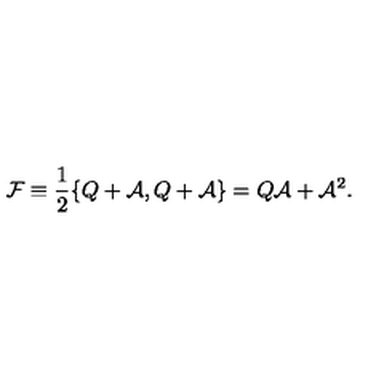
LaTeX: \mathcal { F } \equiv \frac { 1 } { 2 } \{ Q + \mathcal { A } , Q + \mathcal { A } \} = Q \mathcal { A } + \mathcal { A } ^ { 2 } .